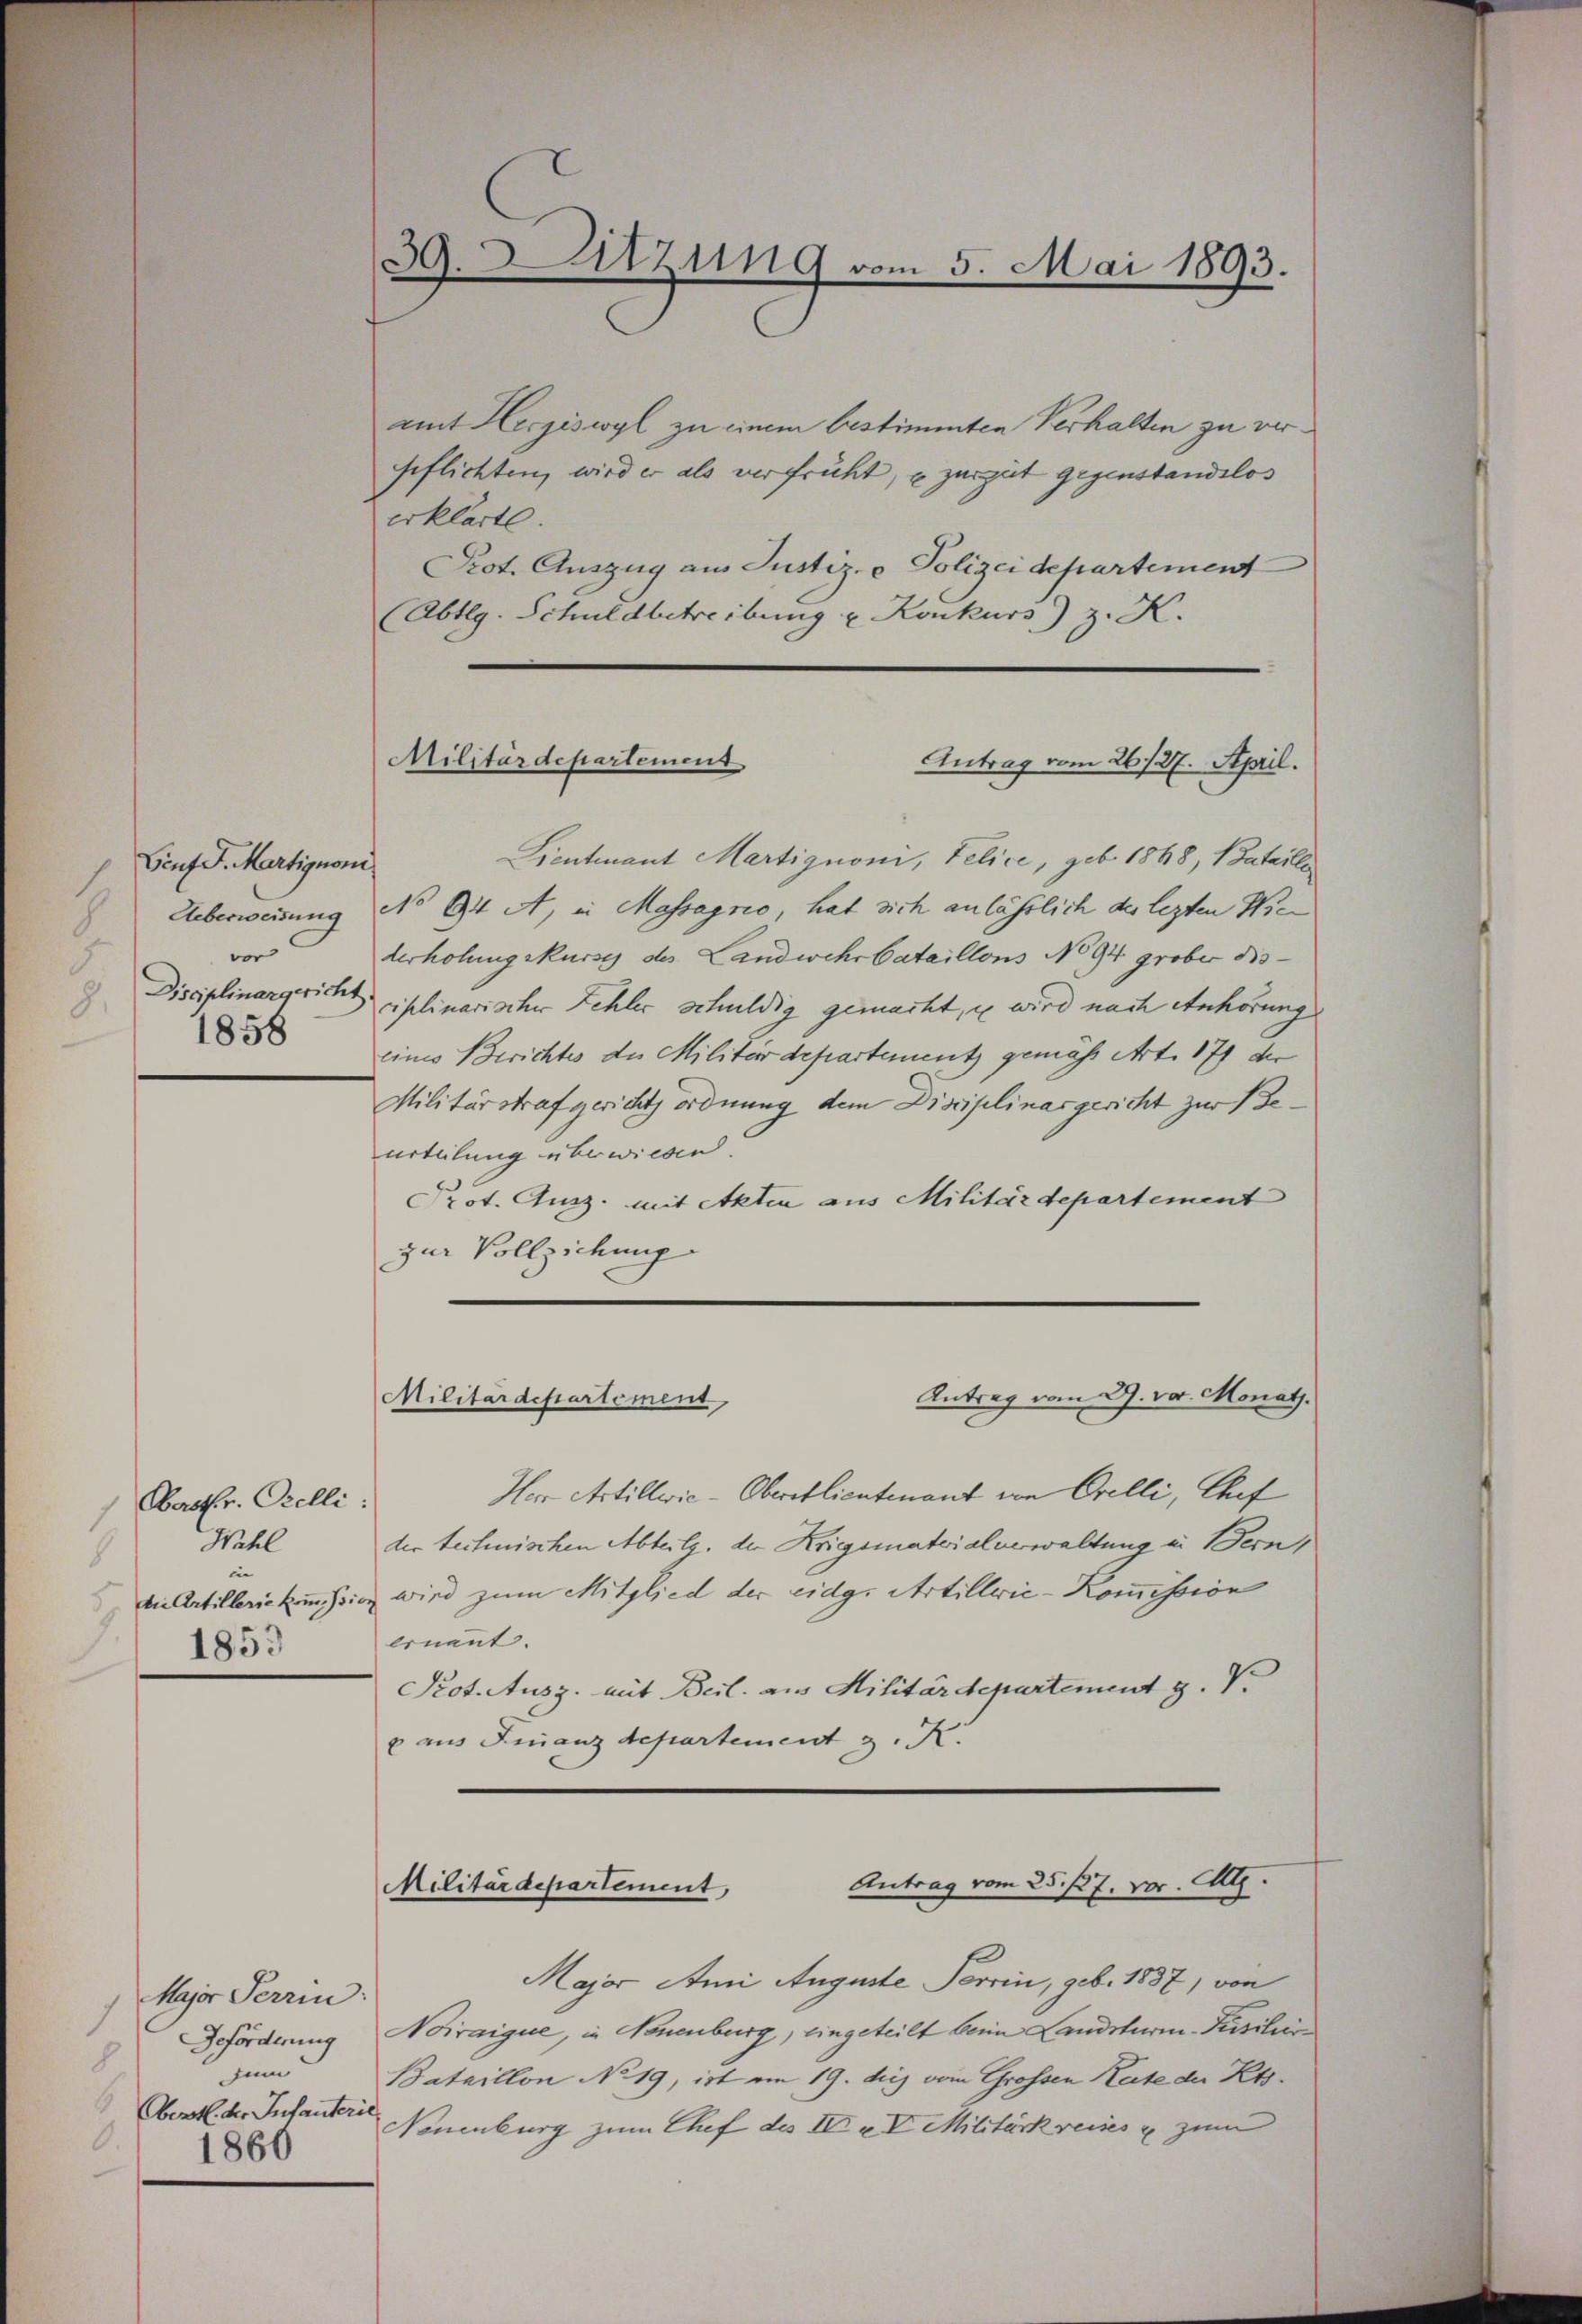
Genf J. Martignoni
ver
1858

Oberstr. Orelli:
Wähl
in |
1853

Major Terrin
8
zum
Oberst der Infanterie
.
1860

amt Herziswyl zu einem bestimmten Verhalten zu vergeflichten, wird er als verfrüht, u zur gut gegenstandslos
erklärte.
Prot. Auszug aus Justiz- & Polizei departement
(Abtlg. Schuldbetreibung u. Konkurs) z. K.
Lieutnant Martignoni, Telice, geb. 1868, Bataille
Ueberweisung No 94 A, in Massagno, hat sich anlässlich des lezten Nic
derholung Murse des Landwehrbataillons No 94 grober dis¬
Disciplinargericht siplinarischer Fehler schuldig gemacht, u wird nach Anhörung
eines Berichtes der Militärdepartement gemäss Art. 179 de
Militärstrafgericht ordnung dem Disciplinasgericht zur Beurteilung überwiesen.
Prot. Ausz. mit Akten aus Militärdepartement
zur Vollziehung
Antrag vom 27. vor. Monath.
Militärdepartement
Herr Artillwie-Oberstlieutenant von Orelli, Chef
der technischen Abteilg, der Kriegsmaterialerwaltung in Bern,
die Artilleriekommission wird zum Mitglied der eidg. Artillwic-Kommission
ernannt. |
Prot. Ausz. mit Beil. aus Militärdepartement z. V.
 aus Finanzdepartement z. R.

30. Sitzung vom 5. Mai 1893.

Militärdepartement

Antrag vom 26./27. April.

Antrag vom 25. 127. vor. Ct.
Militärdepartement,

Major Ami Auguste Perrin, geb. 1887, von
Geförderung Noiraigue, in Neuenburg, eingeteilt beim Landsturm-Risikeir¬
Bataillon No 19, ist am 19. des vom Grossen Rate der Kos¬
Neuenburg zum Chef des IV u. V. Militärkreises u. zum